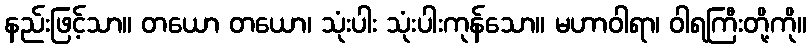
နည်းဖြင့်သာ။ တယော တယော၊ သုံးပါး သုံးပါးကုန်သော။ မဟာဝါရာ၊ ဝါရကြီးတို့ကို။